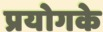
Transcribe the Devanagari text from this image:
प्रयोगके